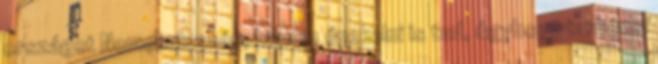
országot Nemcsak szép, hanem énekelni is tud, úgyhogy turnézni